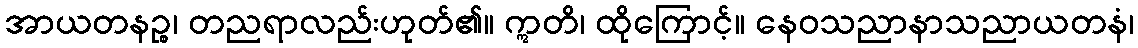
အာယတနဉ္စ၊ တညရာလည်းဟုတ်၏။ ဣတိ၊ ထိုကြောင့်။ နေဝသညာနာသညာယတနံ၊